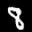
Label: 8